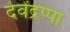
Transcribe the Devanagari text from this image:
देवेंद्रप्पा